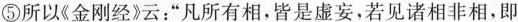
⑤所以《金刚经》云：“凡所有相，皆是虚妄，若见诸相非相，即